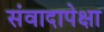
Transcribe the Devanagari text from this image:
संवादापेक्षा